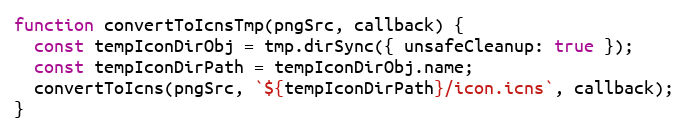
Language: JavaScript
function convertToIcnsTmp(pngSrc, callback) {
  const tempIconDirObj = tmp.dirSync({ unsafeCleanup: true });
  const tempIconDirPath = tempIconDirObj.name;
  convertToIcns(pngSrc, `${tempIconDirPath}/icon.icns`, callback);
}